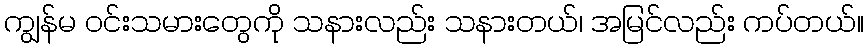
ကျွန်မ ဝင်းသမားတွေကို သနားလည်း သနားတယ်၊ အမြင်လည်း ကပ်တယ်။